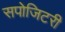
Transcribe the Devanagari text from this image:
सपोजिटरी